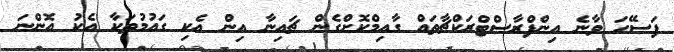
ފަސޭހަ ވާނެ އިންފްރާސްޓްރަކްޗާތައް ގާއިމްކޮށްގެން ޗައިނާ އިން އެކި ގައުމުތަކާ އެކު އޮންނަ